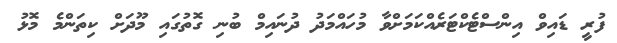
ފުރީ ޑައިވް އިންސްޓެކްޓަރެއްކަމަށްވާ މުހައްމަދު ދުނައިމް ބުނި ގޮތުގައި މޫދަށް ކިތަންމެ މޮޅު